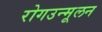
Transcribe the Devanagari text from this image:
रोगउन्मूलन